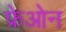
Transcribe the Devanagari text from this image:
फ्रेओन